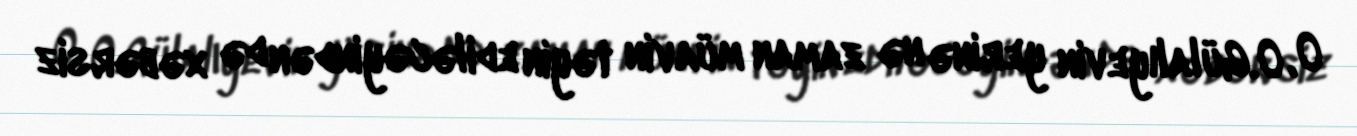
O, O.Gülalıyevin yerinə nə zaman müavin təyin ediləcəyindən də xəbərsiz